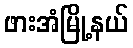
ဖားအံမြို့နယ်